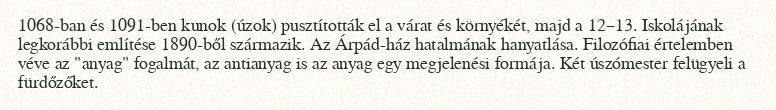
1068-ban és 1091-ben kunok (úzok) pusztították el a várat és környékét, majd a 12–13. Iskolájának legkorábbi említése 1890-ből származik. Az Árpád-ház hatalmának hanyatlása. Filozófiai értelemben véve az "anyag" fogalmát, az antianyag is az anyag egy megjelenési formája. Két úszómester felügyeli a fürdőzőket.